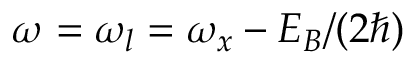
{ \omega = \omega _ { l } = \omega _ { x } - E _ { B } / ( 2 \hbar ) }